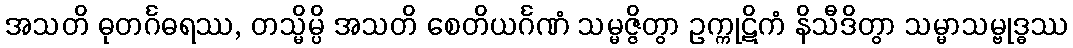
အသတိ ဓုတင်္ဂဓရဿ, တသ္မိမ္ပိ အသတိ စေတိယင်္ဂဏံ သမ္မဇ္ဇိတွာ ဥက္ကုဋိကံ နိသီဒိတွာ သမ္မာသမ္ဗုဒ္ဓဿ